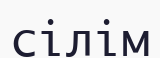
сілім